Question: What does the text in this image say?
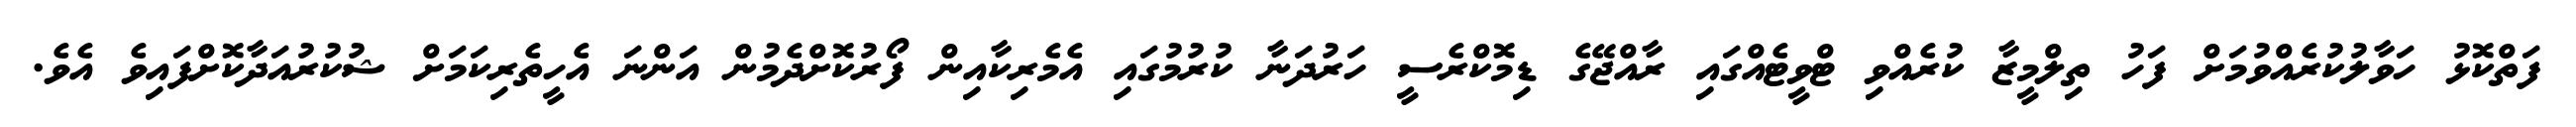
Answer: ފަތްކޮޅު ހަވާލުކުރެއްވުމަށް ފަހު ތިލްމީޒާ ކުރެއްވި ޓްވީޓެއްގައި ރާއްޖޭގެ ޑިމޮކްރެސީ ހަރުދަނާ ކުރުމުގައި އެމެރިކާއިން ފޯރުކޮށްދެމުން އަންނަ އެހީތެރިކަމަށް ޝުކުރުއަދާކޮށްފައިވެ އެވެ.